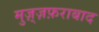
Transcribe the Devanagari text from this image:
मुज़्ज़फ़राबाद